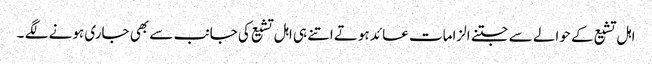
اہل تشیع کے حوالے سے جتنے الزامات عائد ہوتے اتنے ہی اہل تشیع کی جانب سے بھی جاری ہونے لگے ۔